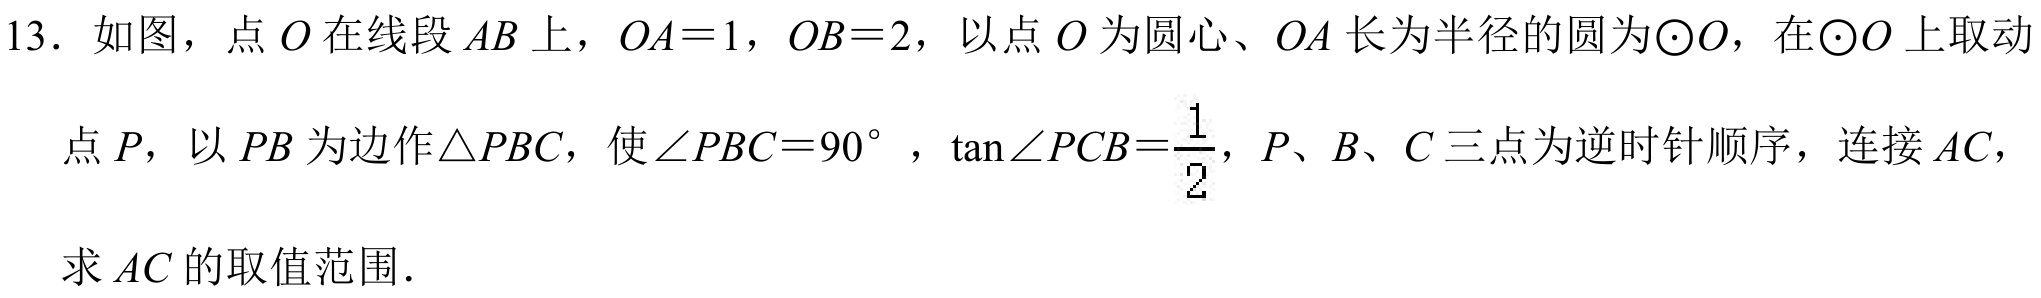
13. 如图，点\(O\)在线段\(AB\)上，\(OA = 1\)，\(OB = 2\)，以点\(O\)为圆心、\(OA\)长为半径的圆为\(\odot O\)，在\(\odot O\)上取动
点\(P\)，以\(PB\)为边作\(\triangle PBC\)，使\(\angle PBC = 90^{\circ}\)，\(\tan\angle PCB=\dfrac{1}{2}\)，\(P\)、\(B\)、\(C\)三点为逆时针顺序，连接\(AC\)，
求\(AC\)的取值范围．